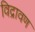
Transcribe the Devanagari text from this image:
विद्रावण